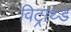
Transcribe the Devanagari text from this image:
विट्राथ्ड